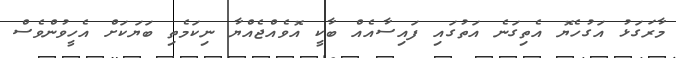
މާރަގަޅު އަގުހެޔޮ އެތިގަނެ އަތުގައި ފައިސާއެއް ބާކީ އޮވެއްޖެއްޔާ ނިކަމެތި ބަޔަކަށް އެހީވުންވެސް